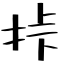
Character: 挊